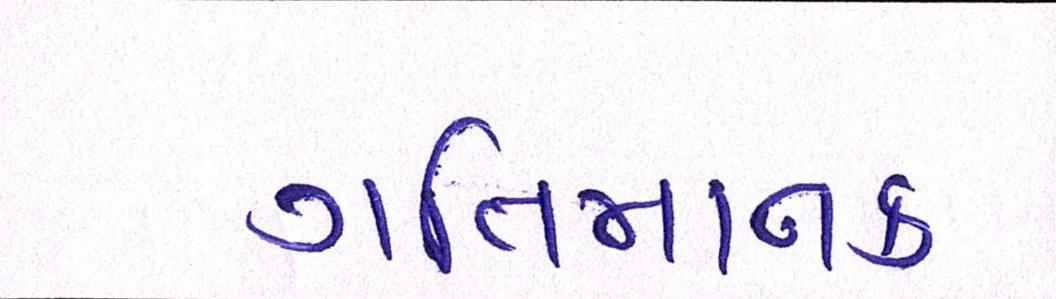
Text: ગતિમાનક